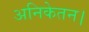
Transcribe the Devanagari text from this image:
अनिकेतन।